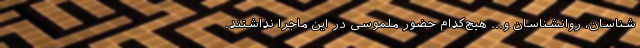
شناسان، روانشناسان و... هیچ‌کدام حضور ملموسی در این ماجرا نداشتند.